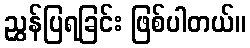
ညွှန်ပြရခြင်း ဖြစ်ပါတယ်။